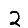
Digit: 2